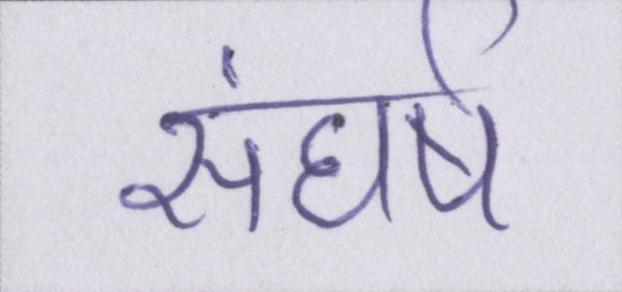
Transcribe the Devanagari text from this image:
संघर्ष